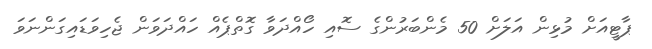
ޕާޓީއަށް މުޅިން އަލަށް 50 މެންބަރުންގެ ސޮއި ހޯއްދަވާ ގޮތްޕެއް ހައްދަވަން ޖެހިވަޑައިގަންނަވަ